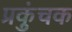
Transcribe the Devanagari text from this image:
प्रकुंचक